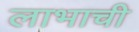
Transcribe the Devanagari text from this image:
लाभाची